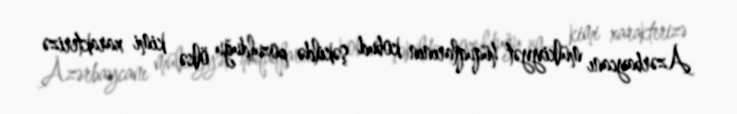
Azərbaycanı mülkiyyət hüquqlarının kobud şəkildə pozulduğu ölkə kimi xarakterizə